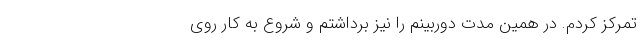
تمرکز کردم. در همین مدت دوربینم را نیز برداشتم و شروع به کار روی